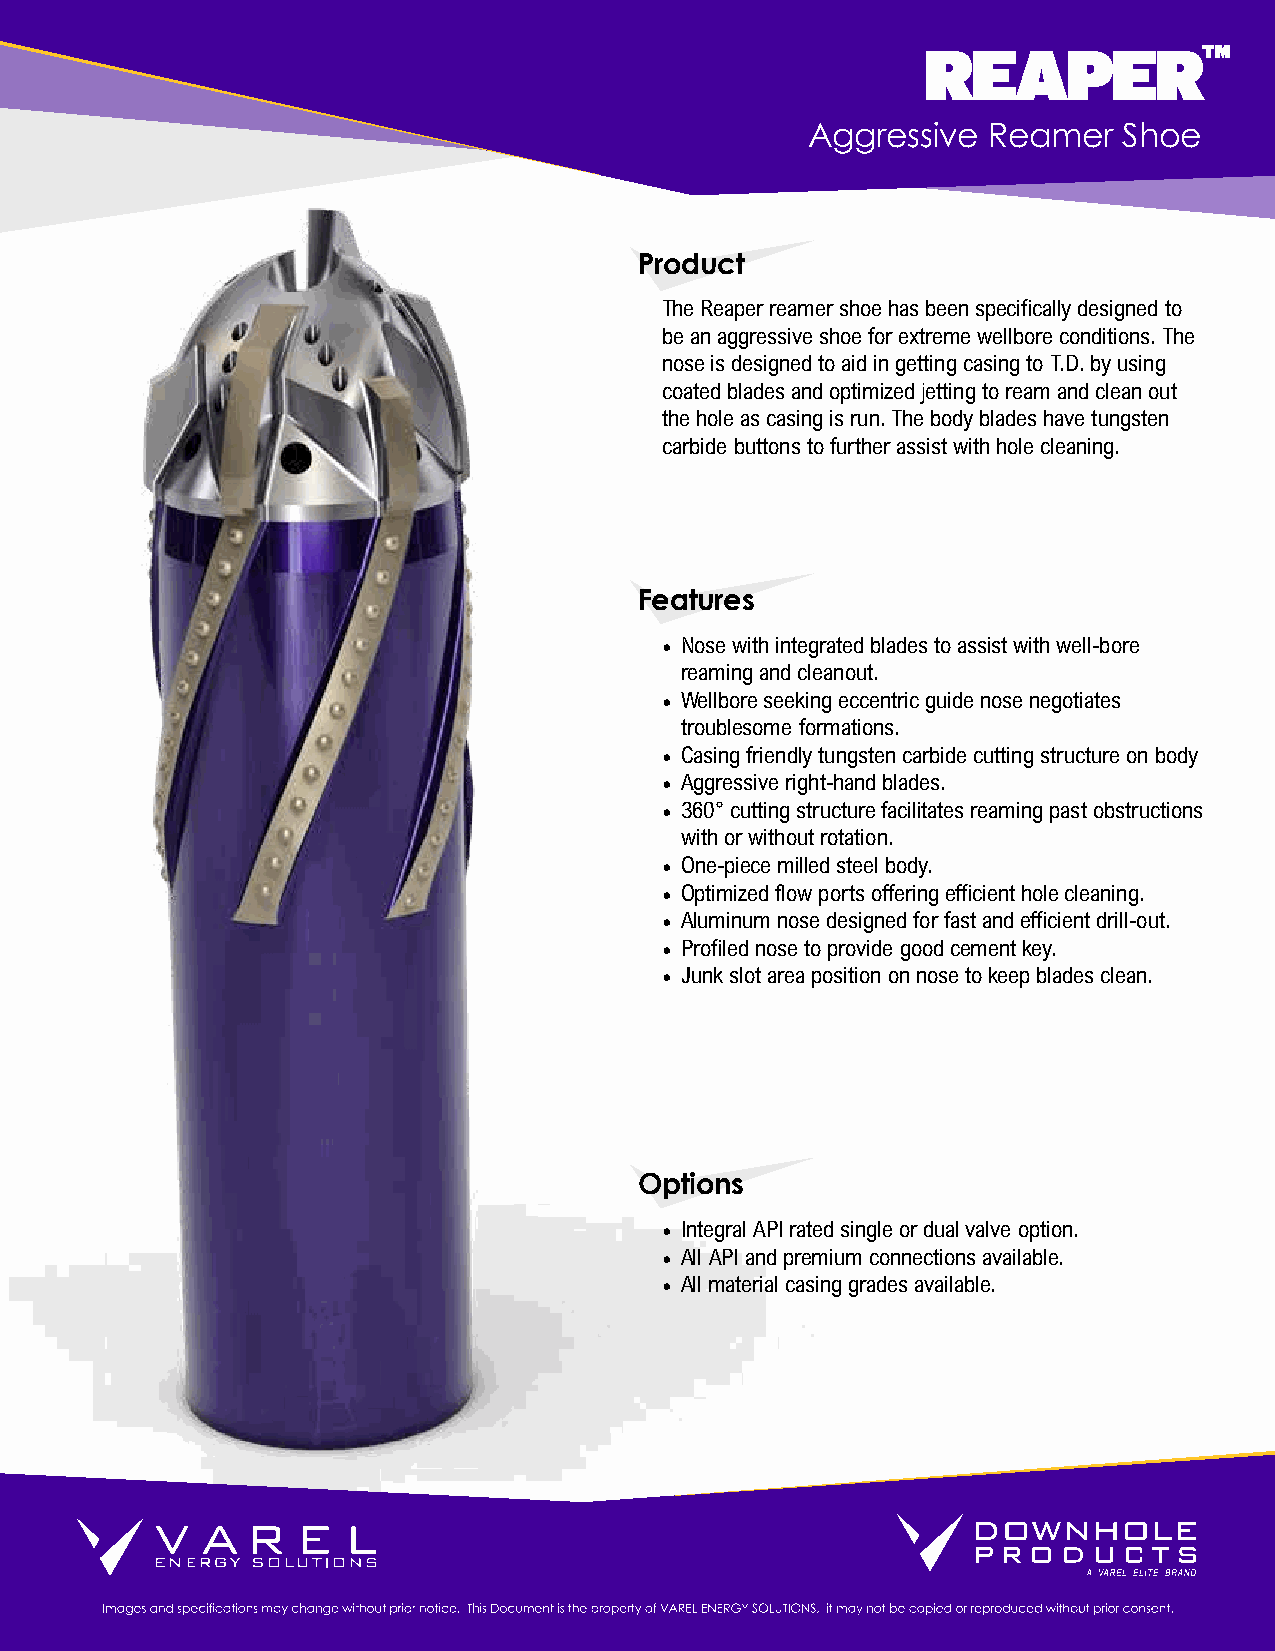
REAPER™
 Aggressive Reamer   Shoe
 Product
 The Reaper reamer shoe has been specifically designed to
 be an aggressive shoe for extreme wellbore conditions. The
 nose is designed to aid in getting casing to T.D. by using
 coated blades and optimized jetting to ream and clean out
 the hole as casing is run. The body blades have tungsten
 carbide buttons to further assist with hole cleaning.
 Features
 • Nose with integrated blades to assist with well-bore
 reaming and cleanout.
 • Wellbore seeking eccentric guide nose negotiates
 troublesome formations.
 • Casing friendly tungsten carbide cutting structure on body
 • Aggressive right-hand blades.
 • 360° cutting structure facilitates reaming past obstructions
 with or without rotation.
 • One-piece milled steel body.
 • Optimized flow ports offering efficient hole cleaning.
 • Aluminum nose designed for fast and efficient drill-out.
 • Profiled nose to provide good cement key.
 • Junk slot area position on nose to keep blades clean.
 Options
 • Integral API rated single or dual valve option.
 • All API and premium connections available.
 • All material casing grades available.